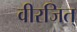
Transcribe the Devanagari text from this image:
वीरजित्